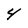
Character: 4